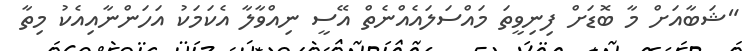
"ޝަބާއަށް މާ ބޮޑަށް ފިނިވީތަ މައްސަލައެއްނެތް އޭސީ ނިއްވާލާ އެކަމަކު އަހަންނާއިއެކު މިތާ